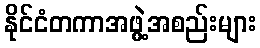
နိုင်ငံတကာအဖွဲ့အစည်းများ